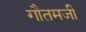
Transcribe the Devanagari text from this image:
गौतमजी